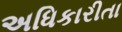
અધિકારીતા